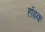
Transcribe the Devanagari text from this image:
हॉइक